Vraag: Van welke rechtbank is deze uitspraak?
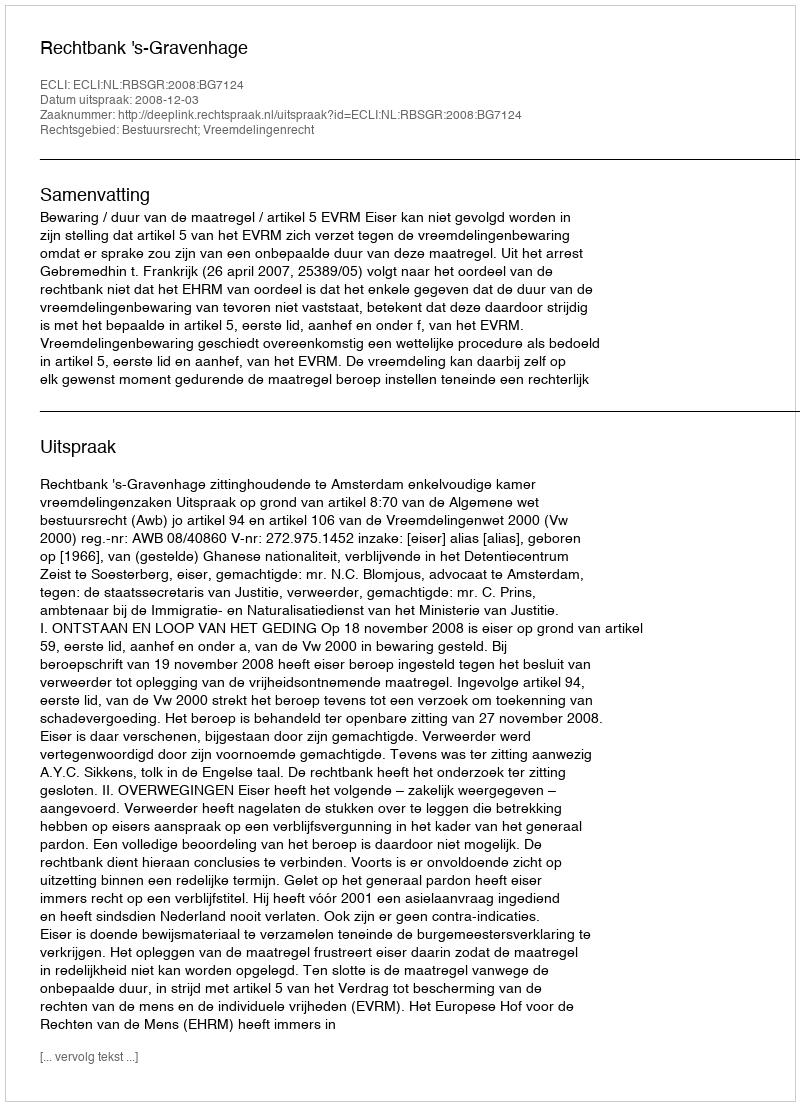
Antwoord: Rechtbank 's-Gravenhage